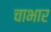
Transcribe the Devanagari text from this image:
चाभार